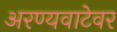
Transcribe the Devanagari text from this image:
अरण्यवाटेवर